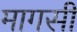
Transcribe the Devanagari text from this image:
मागसी